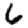
Digit: 6